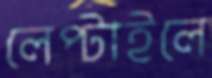
লেপ্‌টাইলে